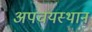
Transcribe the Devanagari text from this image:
अपचयस्थान